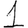
Digit: 1